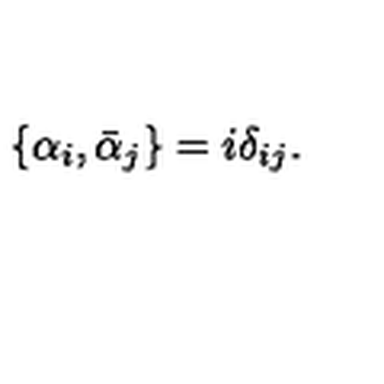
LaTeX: \{ \alpha _ { i } , \bar { \alpha } _ { j } \} = i \delta _ { i j } .